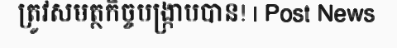
ត្រូវសមត្ថកិច្ចបង្ក្រាបបាន! | Post News